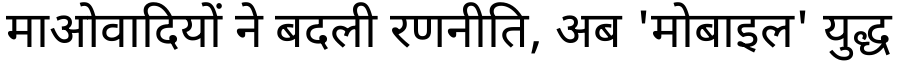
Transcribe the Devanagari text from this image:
माओवादियों ने बदली रणनीति, अब 'मोबाइल' युद्ध